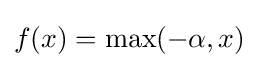
f(x)=\max(-\alpha ,x)